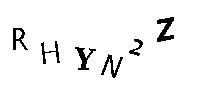
RHYN2Z